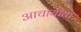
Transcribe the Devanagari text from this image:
आचार्यकि